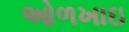
ઓળખાઇ